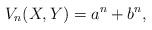
LaTeX: \begin{align*}V_n(X,Y) = a^n + b^n,\end{align*}